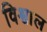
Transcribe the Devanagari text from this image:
विश्वाल